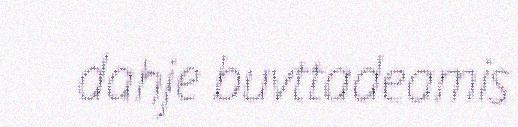
dahje buvttadeamis